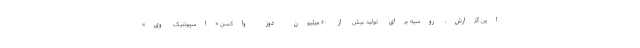
این گزارش، روسیه برای تولید بیش از ۶۰ میلیون دوز واکسن «اسپوتنیک وی»